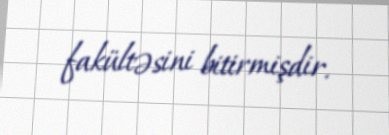
fakültəsini bitirmişdir.